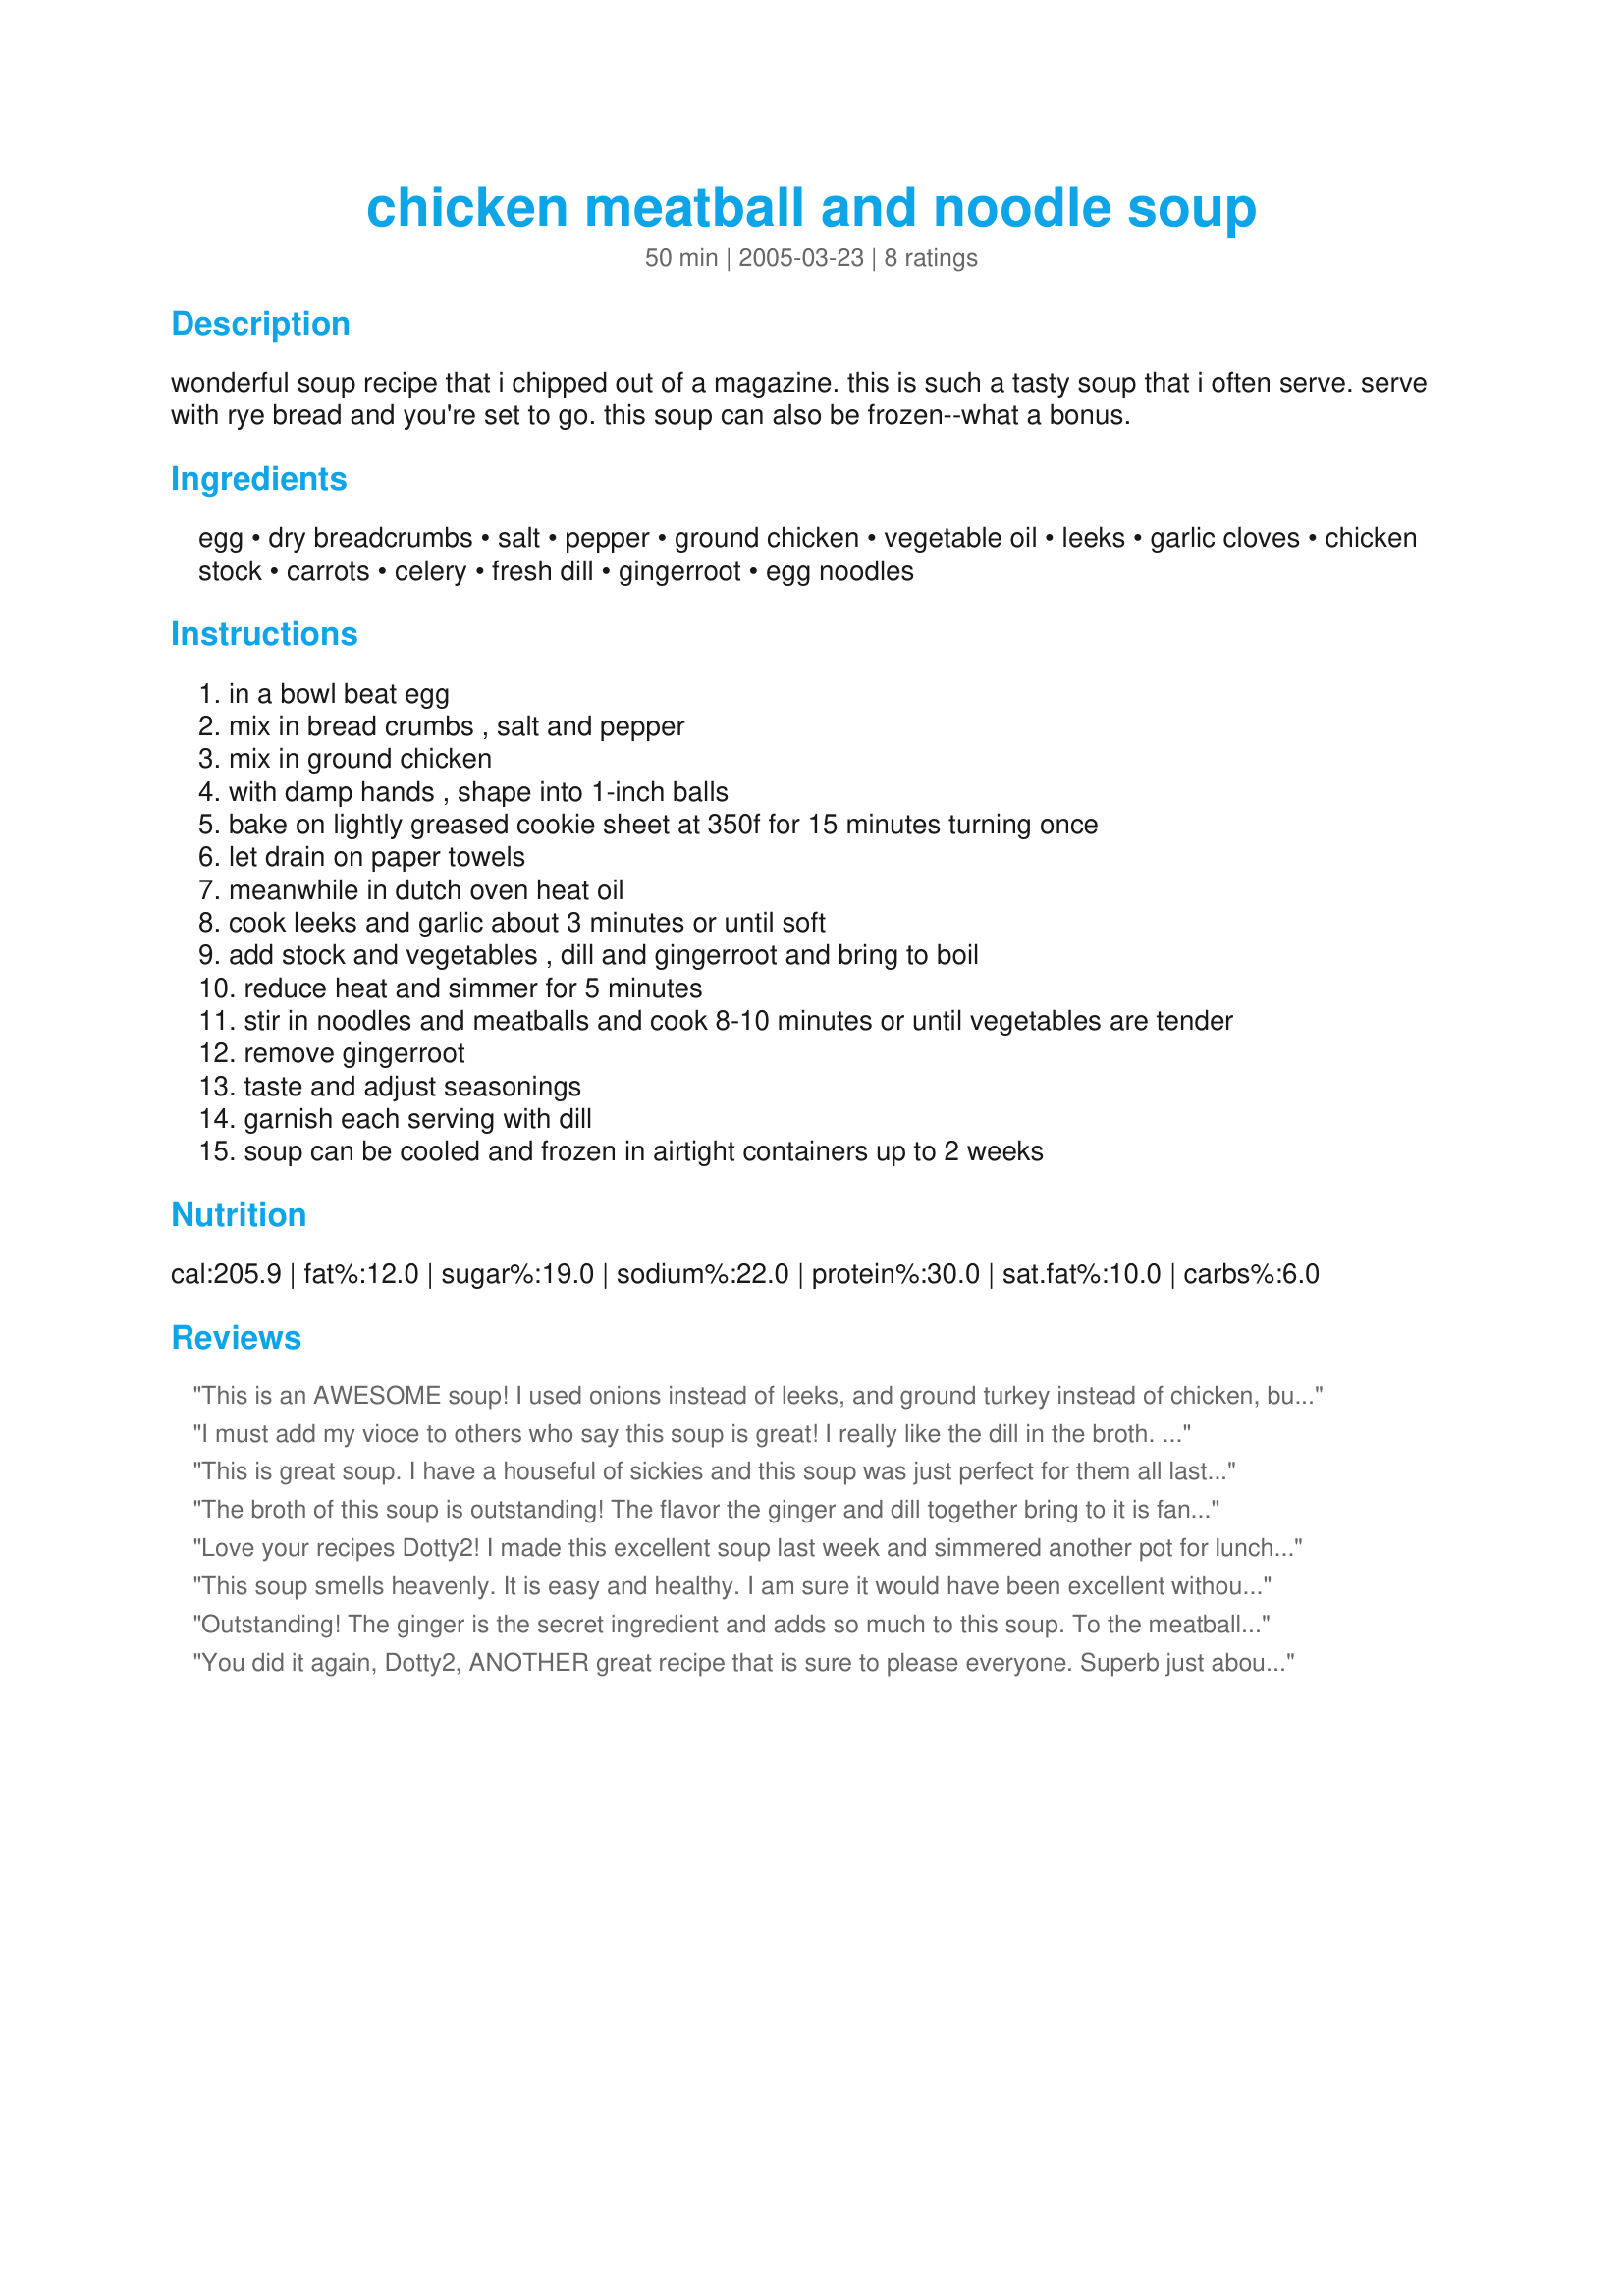
chicken meatball and noodle soup
Preparation time: 50 minutes

wonderful soup recipe that i chipped out of a magazine. this is such a tasty soup that i often serve. serve with rye bread and you're set to go. this soup can also be frozen--what a bonus.

Ingredients:
egg, dry breadcrumbs, salt, pepper, ground chicken, vegetable oil, leeks, garlic cloves, chicken stock, carrots, celery, fresh dill, gingerroot, egg noodles

Steps:
in a bowl beat egg
mix in bread crumbs , salt and pepper
mix in ground chicken
with damp hands , shape into 1-inch balls
bake on lightly greased cookie sheet at 350f for 15 minutes turning once
let drain on paper towels
meanwhile in dutch oven heat oil
cook leeks and garlic about 3 minutes or until soft
add stock and vegetables , dill and gingerroot and bring to boil
reduce heat and simmer for 5 minutes
stir in noodles and meatballs and cook 8-10 minutes or until vegetables are tender
remove gingerroot
taste and adjust seasonings
garnish each serving with dill
soup can be cooled and frozen in airtight containers up to 2 weeks

Reviews:
This is an AWESOME soup! I used onions instead of leeks, and ground turkey instead of chicken, but everything turned out great. It is a perfect soup for the fall, and I have lots in the freezer as well. The only issue I ran into is with the gingerroot. I have never used it before, so I wasn't sure how exactly to use it in this soup, but I basically threw it in the pot...
I must add my vioce to others who say this soup is great! I really like the dill in the broth. I will keep this soup in my lst of things to make again!
This is great soup. I have a houseful of sickies and this soup was just perfect for them all last night.The dill flavour really makes this so be sure to use it. I also made sure to cut my vegies very small. The soup was ready in no time and very tasty.
The broth of this soup is outstanding! The flavor the ginger and dill together bring to it is fantastic. In my never ending quest to try and "lighten" things up, I banned the noodles and added more veggies...2 small chopped zucchini, about 1/2 c. chopped mushrooms and 1c. of chopped baby spinach. The spinach I added at the very end. My only disappoinment was the meatballs. I loved the fact that they turned out very moist, but the only flavor they had was of bread crumbs, but that can be easily remedied by adding herbs and seasonings of choice will making them. Just be careful not to over season as you don't want them to voerpower this delightful broth. Thanks for sharing this great little recipe!
Love your recipes Dotty2! I made this excellent soup last week and simmered another pot for lunch today. Perfect lunch for the chilly wet day we are having. Followed the recipe exactly, used leeks and picked up fresh dill which makes for a wonderful touch. This is filed under my favorite soups and will be made again ... and again. Thank you Dotty2!
This soup smells heavenly. It is easy and healthy. I am sure it would have been excellent without the changes I made. However, I added about 1/2 c of fresh flat leaf parsley into the meat and did not bake the meat balls. I heated up the broth, then put everything, including the raw meat balls, except the pasta, into a crockpot on high for about 3 hours. I cooked whole wheat pasta and served on the side with slices of fresh lemons as garnish. Just so when we have leftovers the pasta would not bloat up from being in the broth too long. Although I am allergic to coconut, next time I may substitute 1 cup of broth with a cup of coconut milk. Because it smells like Tom Yum soup and it seems like it would enhance the flavor and richness of this soup. But that means I cannot eat it. Oh Well! I will have to rely on other people's feedback. THANK YOU.
Outstanding! The ginger is the secret ingredient and adds so much to this soup. To the meatballs I used Italian bread crumbs for a little more flavor. This recipe is so easy to make and tastes so gourmet. Iâ€™m lovin this dish!
You did it again, Dotty2, ANOTHER great recipe that is sure to please everyone. Superb just about sums up this soup. I couldn't find ground chicken so I used ground turkey. The flavor is outstanding with the ginger and dill and it makes a very comforting soup. This will make a "repeat performance" in this household . . . for sure.
Thanks again!
